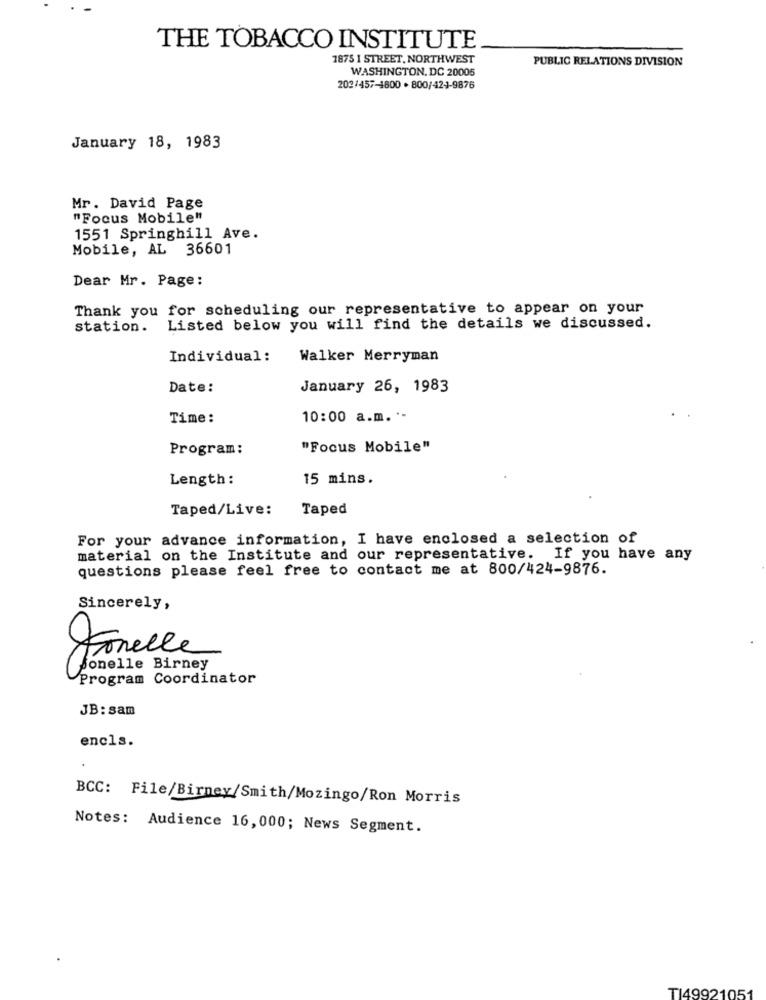
THE TOBACCO INSTITUTE
1875 1 STREET, NORTHWEST
PUBLIC RELATIONS DIVISION
WASHINGTON, DC 20005
202/457-4800 · 800/424-9876
January 18, 1983
Mr. David Page
"Focus Mobile"
1551 Springhill Ave.
Mobile, AL 36601
Dear Mr. Page:
Thank you for scheduling our representative to appear on your
station.
Listed below you will find the details we discussed.
Individual:
Walker Merryman
Date:
January 26, 1983
Time:
10:00 a.m. ·-
Program:
"Focus Mobile"
Length:
15 mins.
Taped/Live:
Taped
For your advance information, I have enclosed a selection of
material on the Institute and our representative. If you have any
questions please feel free to contact me at 800/424-9876.
Sincerely,
Fonelle
Program Coordinator
JB: sam
encls.
BCC: File/Birney/Smith/Mozingo/Ron Morris
Notes: Audience 16,000; News Segment.
TI49921051